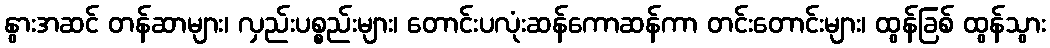
နွားအဆင် တန်ဆာများ၊ လှည်းပစ္စည်းများ၊ တောင်းပလုံးဆန်ကောဆန်ကာ တင်းတောင်းများ၊ ထွန်ခြစ် ထွန်သွား